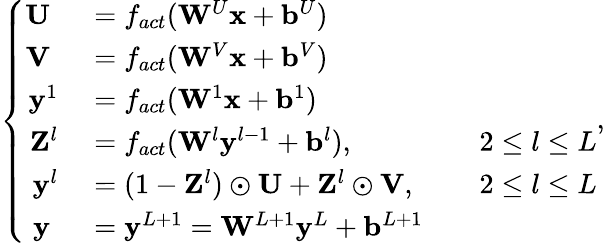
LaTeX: \left\{ \begin{array}{rlrl}{\mathbf{U}\; }&{{}=f_{act}(\mathbf{W}^{U}\mathbf{x}+\mathbf{b}^{U})}&{}&{{}}\\ {\mathbf{V}\; }&{{}=f_{act}(\mathbf{W}^{V}\mathbf{x}+\mathbf{b}^{V})}&{}&{{}}\\ {\mathbf{y}^{1}}&{{}=f_{act}(\mathbf{W}^{1}\mathbf{x}+\mathbf{b}^{1})}&{}&{{}}\\ {\mathbf{Z}^{l}}&{{}=f_{act}(\mathbf{W}^{l}\mathbf{y}^{l-1}+\mathbf{b}^{l}),}&{}&{{}2\le l\le L}\\ {\mathbf{y}^{l}}&{{}=(1-\mathbf{Z}^{l})\odot\mathbf{U}+\mathbf{Z}^{l}\odot\mathbf{V},}&{}&{{}2\le l\le L}\\ {\mathbf{y}\; }&{{}=\mathbf{y}^{L+1}=\mathbf{W}^{L+1}\mathbf{y}^{L}+\mathbf{b}^{L+1}}&{}&{{}}\end{array}\right.,